Lunatic asylums United Provinces 1899-1908 - 1899-1908
Year: 1899
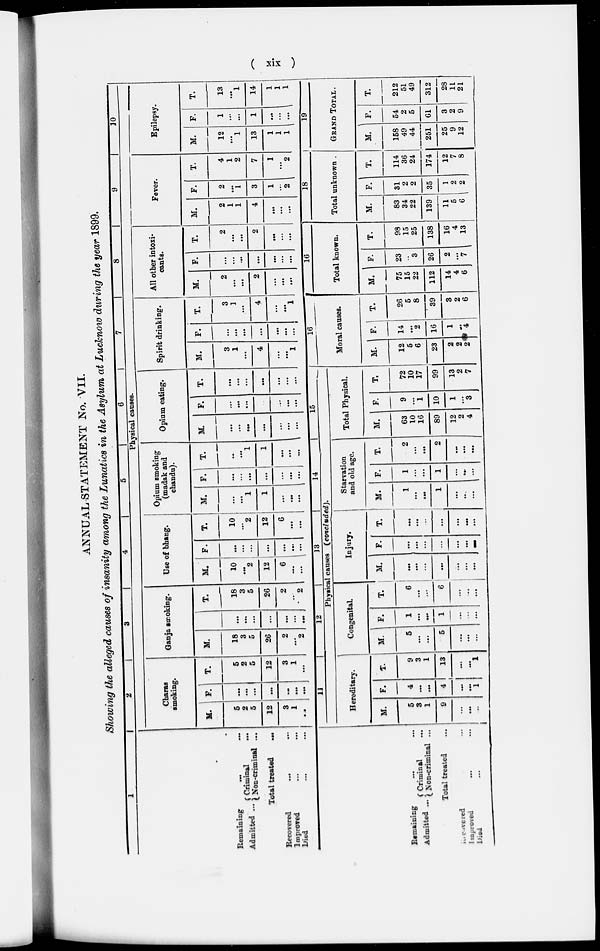
( xix )
ANNUAL STATEMENT No. VII.
Showing the alleged causes of insanity among the Lunatics in the Asylum at Lucknow during the year 1899.
1
Remaining
...
...
Admitted ... Criminal
...
Non-criminal ...
Total treated ...
Recovered
...
...
Improved ... ...
Died ... ...
2
3
4
5
6
7
8
9
10
Physical causes.
Charas
smoking.
M.
5
2
5
12
3
1
...
F.
...
...
...
...
...
...
...
T.
5
2
5
12
3
1
...
Ganja smoking.
M.
18
3
5
26
2
...
2
F.
...
...
...
...
...
...
...
T.
18
3
5
26
2
...
2
Use of bhang.
M.
10
...
2
12
6
...
...
F.
...
...
...
...
...
...
...
T.
10
...
2
12
6
...
...
Opium smoking
(madak and
chandu).
M.
...
...
1
1
...
...
...
F.
...
...
...
...
...
...
...
T.
...
...
1
1
...
...
...
Opium eating.
M.
...
...
...
...
...
...
...
F.
...
...
...
...
...
...
...
T.
...
...
...
...
...
...
...
Spirit drinking.
M.
3
1
...
4
...
...
1
F.
...
...
...
...
...
...
...
T.
3
1
...
4
...
...
1
All other intoxi-
cants.
M.
2
...
...
2
...
...
...
F.
...
...
...
...
...
...
...
T.
2
...
...
2
...
...
...
Fever.
M.
2
1
1
4
...
...
...
F.
2
...
1
3
1
...
2
T.
4
1
2
7
1
...
2
Epilepsy.
M.
12
...
1
13
1
1
1
F.
1
...
...
1
...
...
...
T.
13
...
1
14
1
1
1
Remaining
...
...
Admitted ... Criminal ...
Non-criminal ...
Total treated ...
Recovered ... ...
Improved ... ...
Died ... ...
11
12
13
14
15
Physical causes (concluded).
Hereditary.
M.
5
3
1
9
...
...
...
F.
4
...
...
4
...
...
1
T.
9
3
1
13
...
...
1
Congenital
M.
5
...
...
5
...
...
...
F.
1
...
...
1
...
...
...
T.
6
...
...
6
...
...
...
Injury.
M.
...
...
...
...
...
...
...
F.
...
...
...
...
...
...
...
T.
...
...
...
...
...
...
...
Starvation
and old age.
M.
1
...
...
1
...
...
...
F.
1
...
...
1
...
...
...
T.
2
...
...
2
...
...
...
Total Physical.
M.
63
10
16
89
12
2
4
F.
9
...
1
10
1
...
3
T.
72
10
17
99
13
2
7
16
Moral causes.
M.
12
5
6
23
2
2
2
F.
14
...
2
16
1
...
4
T.
26
5
8
39
3
2
6
17
Total known.
M.
75
15
22
112
14
4
6
F.
23
...
3
26
2
...
7
T.
98
15
25
138
16
4
13
18
Total unknown .
M.
83
34
22
139
11
5
6
F.
31
2
2
35
1
2
2
T.
114
36
24
174
12
7
8
19
GRAND TOTAL .
M.
158
49
44
251
25
9
12
F.
54
2
5
61
3
2
9
T.
212
51
49
312
28
11
21